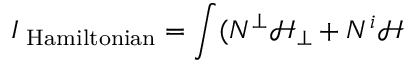
I _ { \mathrm { \tiny ~ H a m i l t o n i a n } } = \int ( N ^ { \bot } \mathcal { H } _ { \bot } + N ^ { i } \mathcal { H }